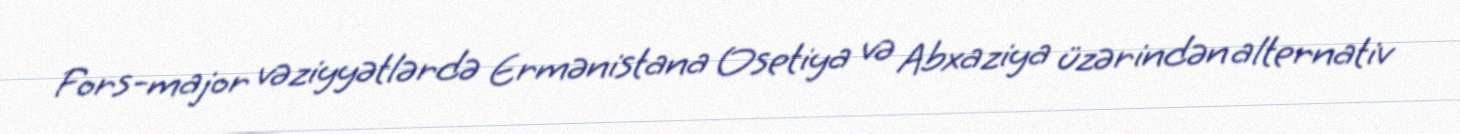
Fors-major vəziyyətlərdə Ermənistana Osetiya və Abxaziya üzərindən alternativ